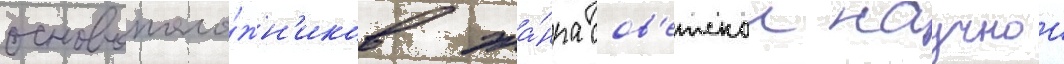
основополо́жн'иков жа́нра сов'етскои научнои